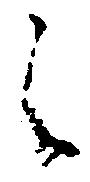
之